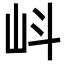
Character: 㞳